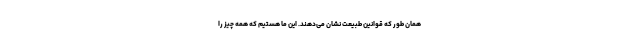
همان طور که قوانین طبیعت نشان می‌دهند. این ما هستیم که همه چیز را